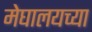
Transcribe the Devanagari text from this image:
मेघालयच्या